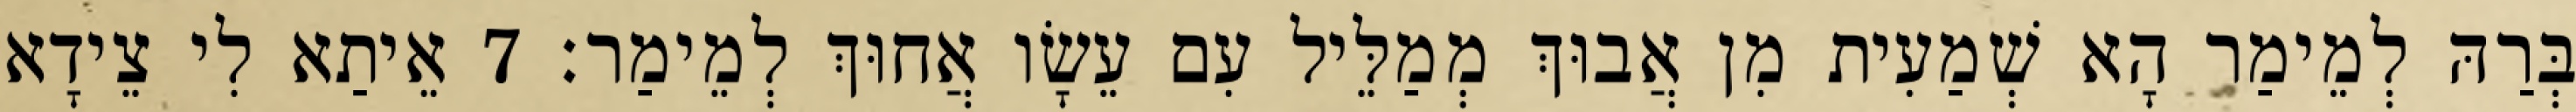
בְּרַהּ לְמֵימַר הָא שְׁמַעִית מִן אֲבוּךְ מְמַלֵּיל עִם עֵשָׂו אֲחוּךְ לְמֵימַר׃ 7 אֵיתַא לִי צֵידָא